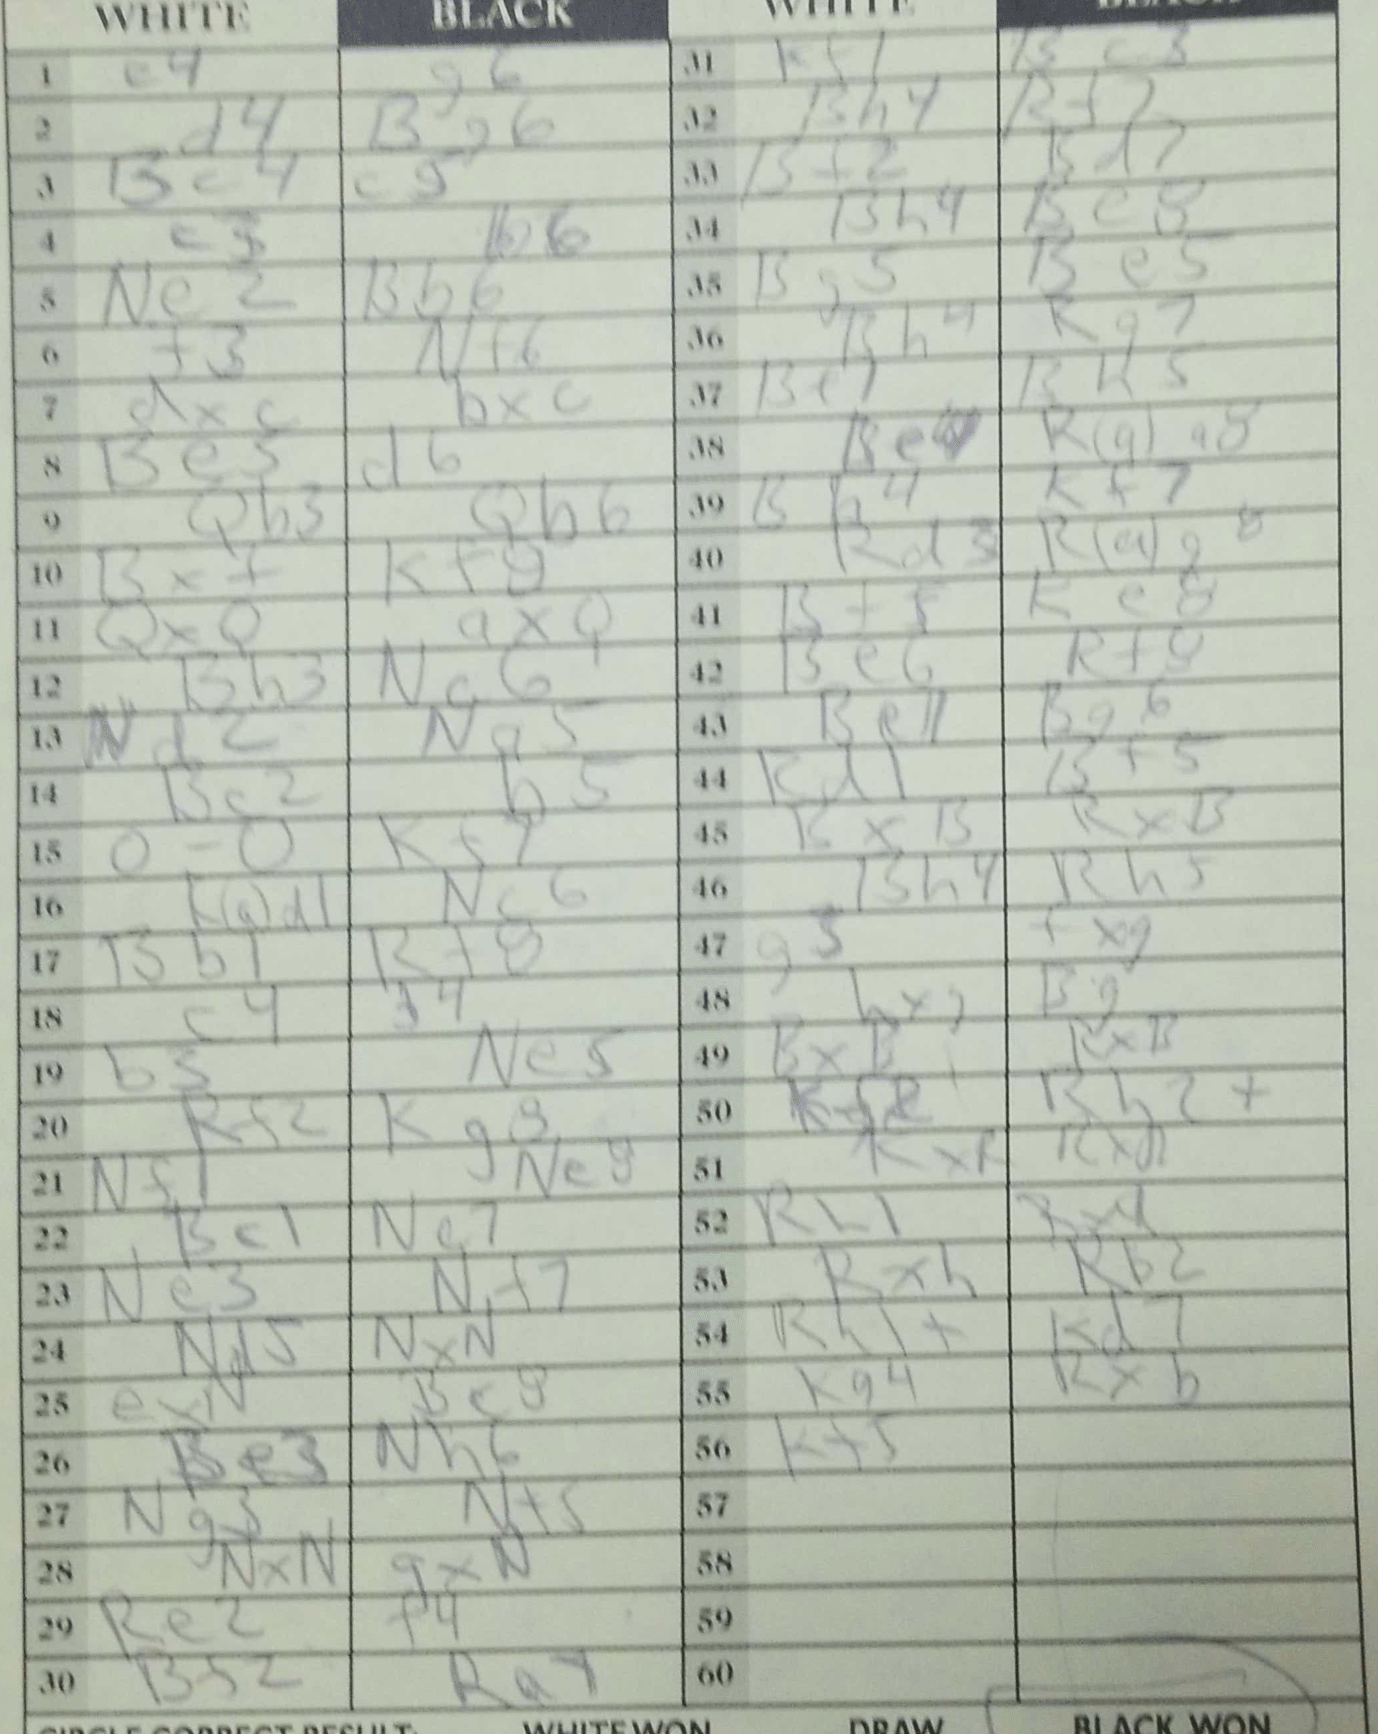
Moves: e4 g6 d4 Bg6 Bc4 c5 c3 b6 Ne2 Bb6 f3 Nf6 dxc bxc Be5 d6 Qb3 Qb6 Bxf Kf8 QxQ axQ Bb3 Nc6 Nd2 Na5 Bc2 b5 O-O Kf7 Rad1 Nc6 Bb1 Rf8 c4 b4 b3 Ne5 Rf2 Kg8 Nf1 Ne8 Bc1 Nc7 Ne3 Nf7 Nd5 NxN exN Bc8 Be3 Nh6 Ng3 Nf5 NxN gxN Re2 f4 Bf2 Ra7 Kf1 Bg3 Bh4 Rf7 Bf2 Bd7 Bh4 Be8 Bg5 Be5 Bh4 Rg7 Be1 Bh5 Be4 Raa8 Bh4 Kf7 Rd3 Rag8 Bf5 Ke8 Be6 Rf8 Be1 Bg6 Rd1 Bf5 BxB RxB Bh4 Rh5 g5 fxg hxg Bg BxB RxB Rh2+ KxR Rh1 Rxh Rb2 Rh1+ Kd7 Kg4 Rxb Kf5